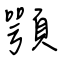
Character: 顎